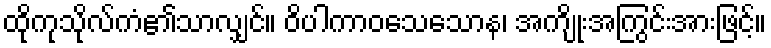
ထိုကုသိုလ်ကံ၏သာလျှင်။ ဝိပါကာဝသေသောန၊ အကျိုးအကြွင်းအားဖြင့်။